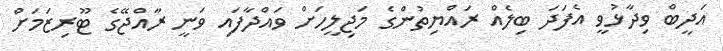
އަދީބް ވިދާޅުވީ އެފަދަ ބިލެއް ރައްޔިތުންގެ މަޖިލީހަށް ވައްދާފައި ވަނީ ރާއްޖޭގެ ޓޫރިޒަމަށް